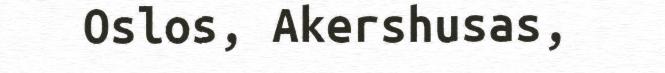
Oslos, Akershusas,